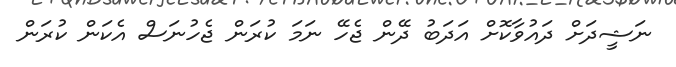
ނަޝީދަށް ދައުވާކޮށް އަދަބު ދޭން ޖެހޭ ނަމަ ކުރަން ޖެހުނަސް އެކަން ކުރަން